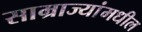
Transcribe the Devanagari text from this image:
साम्राज्यांमधील